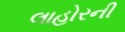
લાહોરની